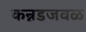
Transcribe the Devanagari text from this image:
कन्नडजवळ